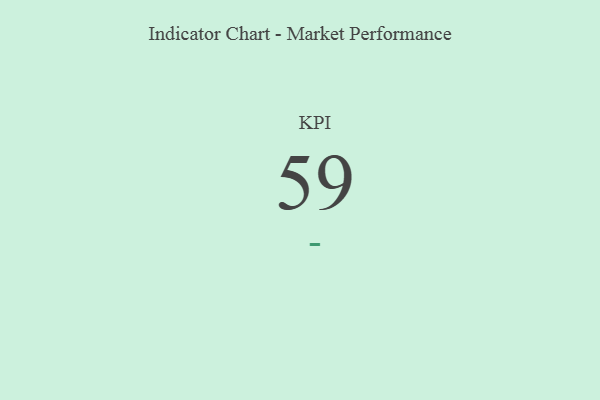
{"axis": {"x": "KPI", "y": "Value"}, "legend": [""], "data": [{"x": "KPI", "y": 59, "type": ""}]}